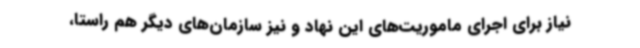
نیاز برای اجرای ماموریت‌های این نهاد و نیز سازمان‌های دیگر هم راستا،